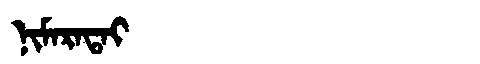
Manchu: ᠨᡳᠮᠠᡵᠠᡨᠠᡳ
Romanization: NIMARATAI